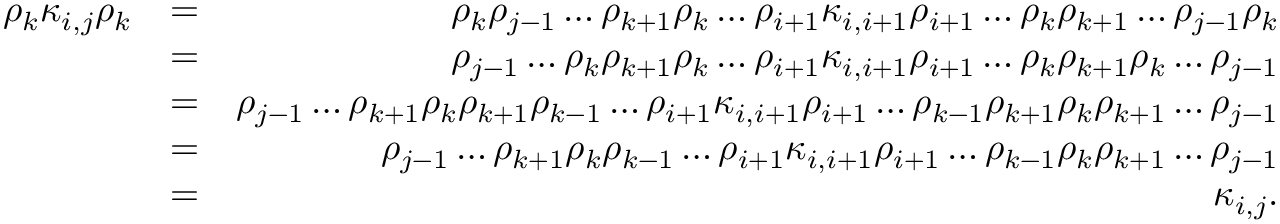
\begin{array} { r l r } { \rho _ { k } \kappa _ { i , j } \rho _ { k } } & { = } & { \rho _ { k } \rho _ { j - 1 } \ldots \rho _ { k + 1 } \rho _ { k } \ldots \rho _ { i + 1 } \kappa _ { i , i + 1 } \rho _ { i + 1 } \ldots \rho _ { k } \rho _ { k + 1 } \ldots \rho _ { j - 1 } \rho _ { k } } \\ & { = } & { \rho _ { j - 1 } \ldots \rho _ { k } \rho _ { k + 1 } \rho _ { k } \ldots \rho _ { i + 1 } \kappa _ { i , i + 1 } \rho _ { i + 1 } \ldots \rho _ { k } \rho _ { k + 1 } \rho _ { k } \ldots \rho _ { j - 1 } } \\ & { = } & { \rho _ { j - 1 } \ldots \rho _ { k + 1 } \rho _ { k } \rho _ { k + 1 } \rho _ { k - 1 } \ldots \rho _ { i + 1 } \kappa _ { i , i + 1 } \rho _ { i + 1 } \ldots \rho _ { k - 1 } \rho _ { k + 1 } \rho _ { k } \rho _ { k + 1 } \ldots \rho _ { j - 1 } } \\ & { = } & { \rho _ { j - 1 } \ldots \rho _ { k + 1 } \rho _ { k } \rho _ { k - 1 } \ldots \rho _ { i + 1 } \kappa _ { i , i + 1 } \rho _ { i + 1 } \ldots \rho _ { k - 1 } \rho _ { k } \rho _ { k + 1 } \ldots \rho _ { j - 1 } } \\ & { = } & { \kappa _ { i , j } . } \end{array}